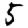
Digit: 5